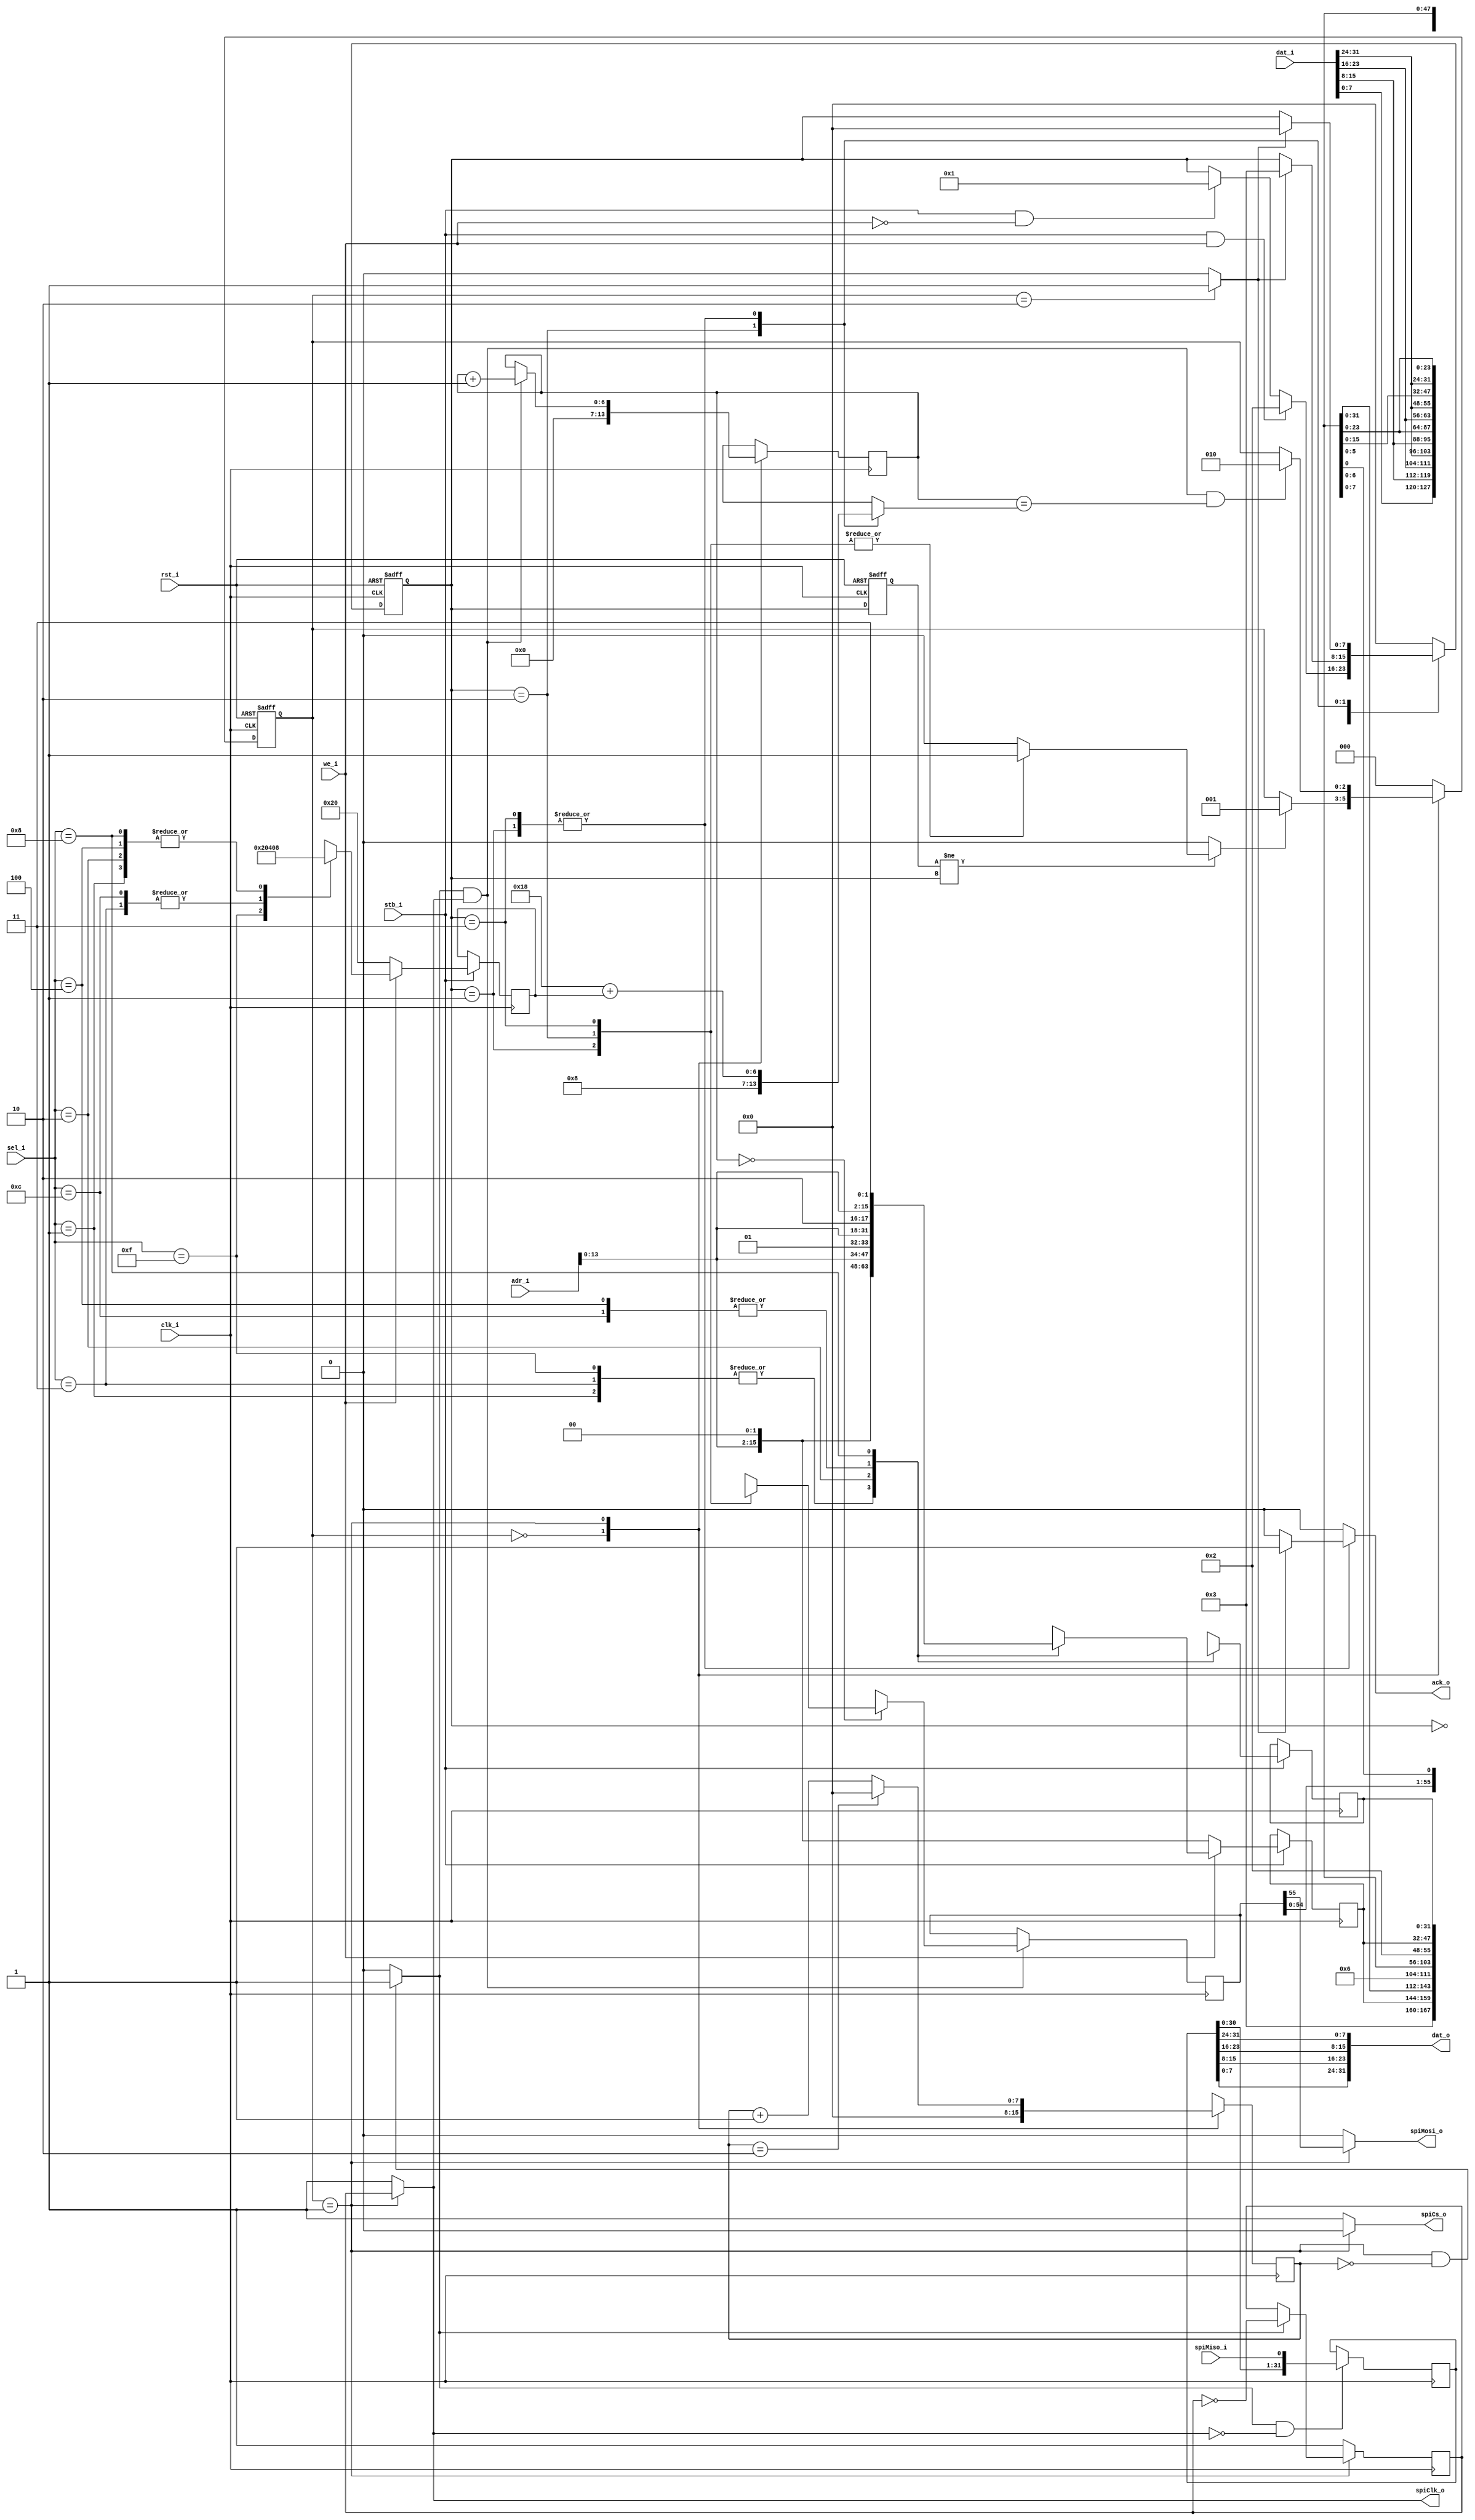
`timescale 1ns/1ns

module mram (
    input clk_i,
    input rst_i,
    input stb_i,
    input we_i,
    input [3:0] sel_i,
    input [31:0] dat_i,
    output [31:0] dat_o,
    input [29:0] adr_i,
    output reg ack_o,

    output reg spiCs_o,
    output reg spiClk_o,
    output reg spiMosi_o,
    input spiMiso_i
);

parameter SPISPED = 2;
parameter ADDRESSBITS = 16;

//The Nr of bits that should be read/written from/to mram
reg [5:0] nextBitNr; 
always @(*) begin
    if (we_i) begin
        case (sel_i)
            4'b1111: nextBitNr = 6'd32; //4 bytes shall be written
            4'b0011,4'b1100: nextBitNr = 6'd16; //2bytes
            4'b0001,4'b0010,4'b0100,4'b1000: nextBitNr = 6'd8; //1 byte
            default: nextBitNr = 6'dx; //yeah this is ilegal with wishbone; optimize
        endcase
    end
    else begin
        nextBitNr = 6'd32; //Always read 4 bytes no mater if needed. this makes life easier
    end
end
//The start address. Gets offset, if sel indicates non alligned writes
reg [ADDRESSBITS-1:0] nextAddress;
always @(*) begin
    if (we_i) begin
        case (sel_i) //adr_i is word addressed
            4'b1111,4'b0011,4'b0001: nextAddress = {adr_i[ADDRESSBITS-3:0],2'b00}; //left bit is byte0 => no offset
            4'b0010: nextAddress = {adr_i[ADDRESSBITS-3:0],2'b01}; //byte1 is first mem cell => 1byte offset
            4'b0100,4'b1100: nextAddress = {adr_i[ADDRESSBITS-3:0],2'b10}; //byte 2 is first mem cell
            4'b1000: nextAddress = {adr_i[ADDRESSBITS-3:0],2'b11}; //byte3 is first mem cell
            default: nextAddress = {ADDRESSBITS{1'bx}}; //Not allowed with wishbone. Let optimize
        endcase
    end
    else begin
        nextAddress = {adr_i[ADDRESSBITS-3:0],2'b00}; //Because we always read 4 bytes, no need to add a offset 
    end
end
//The shifted data input
reg [31:0] nextDataIn;
always @(*) begin
    case (sel_i) //gets evaluated from left to right! => shuffle bytes; not all transfered bytes are used (depends on sel_i)
        4'b1111,4'b0011,4'b0001: nextDataIn = {dat_i[7:0],dat_i[15:8],dat_i[23:16],dat_i[31:24]}; //start with byte0
        4'b0010: nextDataIn = {dat_i[15:8],24'hxxxxxx}; //start with byte 2
        4'b0100,4'b1100: nextDataIn = {dat_i[23:16],dat_i[31:24],16'hxxxx}; //start with byte3
        4'b1000: nextDataIn = {dat_i[31:24],24'hxxxxxx}; //start with byte4 and only 4
        default: nextDataIn = 32'hxxxxxxxx;
    endcase
end
//store details at transfer cycle
reg [ADDRESSBITS-1:0] address;
reg [31:0] dataIn;
reg [5:0] bitNr;
always @(posedge(clk_i)) begin
    if (clk_i) begin
        if (stb_i) begin
            address <= nextAddress;
            dataIn <= nextDataIn;
            bitNr <= nextBitNr;
        end
    end
end

//states of mram module
`define IDLE 0 //Wait for a transaction
`define READ 1 //Perform a read
`define WRITEEN 2 //enable a write
`define WRITE 3 //follows WRITEEN
reg [7:0] state;
reg [7:0] oldState;
reg spiDone;
always @(posedge(clk_i), posedge(rst_i)) begin
    if (rst_i) begin
        state <= `IDLE;
        oldState <= `IDLE;
    end
    else if (clk_i) begin
        oldState <= state; //Used to detect state changes
        case (state)
            `IDLE: begin
                if (stb_i && we_i) state <= `WRITEEN; //only the we_ bit differentiates between writes and reads
                else if (stb_i && !we_i) state <= `READ;
            end
            `READ: begin
                if (spiDone) state <= `IDLE; //The spi subsystem ends a read
            end
            `WRITEEN: begin
                if (spiDone) state <= `WRITE; //And a write
            end
            `WRITE: begin
                if (spiDone) state <= `IDLE; //''
            end
            default: state <= `IDLE;
        endcase
    end
end

//one clk pulse to start a spi transfer
reg spiStart; //Starts a spi transfer (data in spiPackage; length in bits in spiPackageSize)
always @(*) begin
    if (oldState != state) begin //If a statechange happened
        case (state)
            `READ,`WRITEEN,`WRITE: spiStart = 1'b1; //And we are not in IDLE, start a transfer
            default: spiStart = 1'b0;
        endcase
    end
    else spiStart = 1'b0;
end

//ack
always @(*) begin
    ack_o = 1'b0;
    case (state)
        `READ,`WRITE: begin //When we are in READ or WRITE State ...
            if (spiDone) ack_o = 1'b1; //.. and the spi subsystem reports a finished frame
        end                             //the transaction is done
        default: ack_o = 1'b0;
    endcase
end

//Assamble a spi frame
reg [ADDRESSBITS+39:0] spiPackage; //
always @(*) begin
    case (state) //READ WRITEEN and Write have different frame structures/content
        `READ: spiPackage = {8'h03,address,32'hxxxxxxxx}; //The frame is bitwise evaluated from left
        `WRITEEN: spiPackage = {8'h06,{(ADDRESSBITS+32){1'bx}}}; //If the frame is smaller than 56 bit the
        `WRITE: spiPackage = {8'h02,address,dataIn}; //rest is filled with don`t care
        default: spiPackage = {ADDRESSBITS+40{1'bx}}; //Lets hope we never land here. Who knows what could happen
    endcase
end
//How many bits should be transmitted in the current frame
reg [6:0] spiPackageSize; //This is mostly needed because a write is parted in two frames (writeen;write)
always @(*) begin
    case (state)
        `READ: spiPackageSize = 7'd8 + ADDRESSBITS + bitNr; //8bit command + 16bit address + 32bit read
        `WRITEEN: spiPackageSize = 7'd8; //8bit commmand
        `WRITE: spiPackageSize = 7'd8 + ADDRESSBITS + bitNr; //8bit command + 16bit address + 8/16/32bit write
        default: spiPackageSize = 7'hx;
    endcase
end

//SPI state machine
`define SPI_IDLE 0 //Wait for a frame to be transmitted
`define SPI_TRANSMIT 1 //Transmit date
`define SPI_DONE 2 //Finished, make report with spiDone
reg [2:0] spiState; //Another state machine !?!
reg [6:0] spiCounter; //counting the transmitting bit
reg spiClkEn; //mask the cycle changing the spiClk
always @(posedge(rst_i), posedge(clk_i)) begin
    if (rst_i) begin 
        spiState <= `SPI_IDLE;
    end
    else if (clk_i) begin
        case (spiState)
            `SPI_IDLE: begin
                if (spiStart) spiState <= `SPI_TRANSMIT; //spiStart starts a transaction
            end
            `SPI_TRANSMIT: begin //one spiClk cyle is over and all bits are sent
                if (spiClkEn && spiClk_o && (spiCounter == spiPackageSize)) spiState <= `SPI_DONE;
            end
            `SPI_DONE: spiState <= `SPI_IDLE; //Immediately return to idle, so the spiDone is only one clk high
            default: spiState <= `SPI_IDLE;
        endcase
    end
end

//spi clock generation
reg [7:0] spiClkCounter; //counting the time in transmit state; We don't want to send spi with sysclk
always @(posedge(clk_i)) begin
    if (clk_i) begin
        case (spiState)
            `SPI_IDLE: spiClkCounter <= 8'h0; //start at 0 => trigger at  first clk in TRANSMIT
            `SPI_TRANSMIT: begin
                if (spiClkCounter == SPISPED) spiClkCounter <= 8'h0; //Overflow => reset
                else spiClkCounter <= spiClkCounter + 1'b1;
            end 
            default: spiClkCounter <= 8'hxx; //whatever
        endcase
    end
end
always @(*) begin
    if ((spiState == `SPI_TRANSMIT) && (spiClkCounter == 8'h0)) spiClkEn = 1'b1; //This signal is used by the rest, to find out if counter is 0 (its time to do something)
    else spiClkEn = 1'b0;
end
reg spiClk; //Intermediate spi clk
always @(posedge(clk_i)) begin
    if (clk_i) begin
        if (spiState == `SPI_TRANSMIT) begin //only clock when transmitting a frame
            if (spiClkEn) spiClk <= !spiClk; 
        end
        else spiClk <= 1'b1; //and return to 1 under all circumstances
    end
end
always @(*) begin //Now mask this clock with the TRANSMIT STATE (This only fixes a small bug. Don't worry about it)
    if (spiState == `SPI_TRANSMIT) spiClk_o = spiClk;
    else spiClk_o = 1'b1;
end

//counting spi-bits
always @(posedge(clk_i)) begin
    if (clk_i) begin
        case (spiState)
            `SPI_IDLE: spiCounter <= 7'd0; //This gets instantantly changed in TRANSMIT state
            `SPI_TRANSMIT: if (spiClkEn && spiClk_o) spiCounter <= spiCounter + 1'b1; //Increase at negative edge
            default: spiCounter <= 7'hx;
        endcase
    end
end

//CS logic
always @(*) begin
    if (spiState == `SPI_TRANSMIT) spiCs_o = 1'b0;
    else spiCs_o = 1'b1;
end

//mosi logic
reg [ADDRESSBITS+39:0] mosiReg;
always @(posedge(clk_i)) begin
    if (clk_i) begin
        if (spiClkEn && spiClk_o) begin //only change workregister at falling edges
            if (spiCounter == 7'd0) mosiReg <= spiPackage; //At first falling edge load the new frame in another register
            else mosiReg <= {mosiReg[ADDRESSBITS+38:0],1'bx}; //on every other shift the data out
        end
    end
end
always @(*) begin
    case (spiState)
        `SPI_TRANSMIT: spiMosi_o = mosiReg[ADDRESSBITS+39]; //also mask the mosi output 
        default: spiMosi_o = 1'b0;
    endcase
end

//misologic
reg [31:0] misoReg; //Doesn't matter that this can't hold afull frame. data is at end
always @(posedge(clk_i)) begin
    if (clk_i) begin
        if (spiClkEn && !spiClk_o) begin //only change workregister at rising edges
            misoReg <= {misoReg[30:0], spiMiso_i};
        end
    end
end
assign dat_o = {misoReg[7:0],misoReg[15:8],misoReg[23:16],misoReg[31:24]}; //shuffle data in little endian

//spiDone
always @(*) begin
    if (spiState == `SPI_DONE) spiDone = 1'b1;
    else spiDone = 1'b0;
end

endmodule